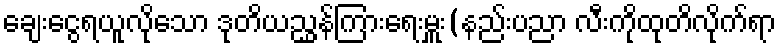
ချေးငွေရယူလိုသော ဒုတိယညွှန်ကြားရေးမှူး(နည်းပညာ လီးကိုထုတိလိုက်ရာ